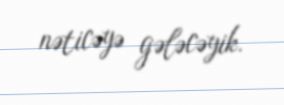
nəticəyə gələcəyik.